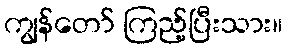
ကျွန်တော် ကြည့်ပြီးသား။